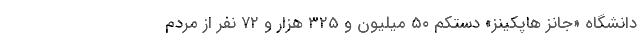
دانشگاه «جانز هاپکینز» دستکم ۵۰ میلیون و ۳۲۵ هزار و ۷۲ نفر از مردم